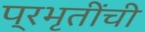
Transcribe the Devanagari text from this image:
प्रभृतींची